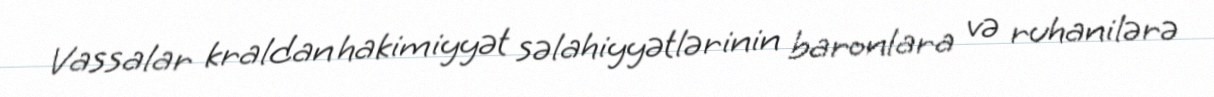
Vassalar kraldan hakimiyyət səlahiyyətlərinin baronlara və ruhanilərə